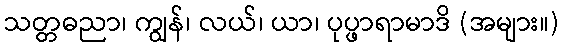
သတ္တဓညာ၊ ကျွန်၊ လယ်၊ ယာ၊ ပုပ္ဖာရာမာဒိ (အများ။)